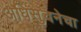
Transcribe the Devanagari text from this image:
अधिसुचनेचा